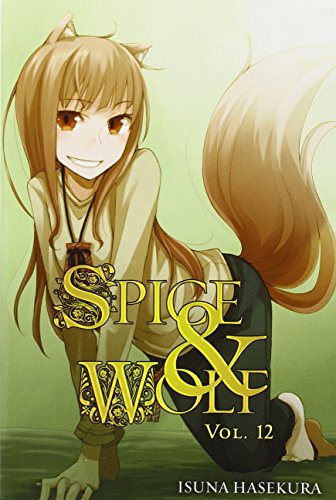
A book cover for Spice and Wolf, Vol. 12; Isuna Hasekura; Science Fiction & Fantasy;